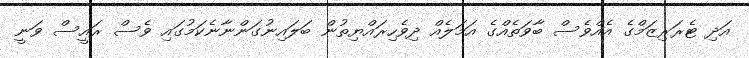
އަދި ޓެރަރިޒަމްގެ އެއްވެސް ބާވަތެއްގެ އަމަލެއް ދިވެހިރައްޔިތުން ބަލައިނުގަންނާނެކަމުގައި ވެސް ރައީސް ވަނީ